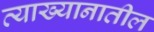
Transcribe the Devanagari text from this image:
व्याख्यानातील